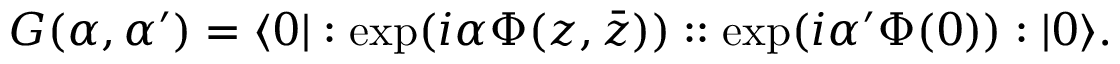
G ( \alpha , \alpha ^ { \prime } ) = \langle 0 | : \exp ( i \alpha \Phi ( z , \bar { z } ) ) : : \exp ( i \alpha ^ { \prime } \Phi ( 0 ) ) : | 0 \rangle .